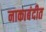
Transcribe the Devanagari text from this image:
नाकाबंदीत